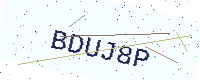
Text: BDUJ8P